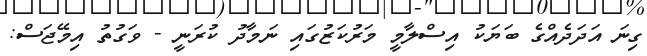
ގިނަ އަދަދެއްގެ ބަޔަކު އިސްލާމީ މަރުކަޒުގައި ނަމާދު ކުރަނީ - ވަގުތު އިމޭޖަސް: